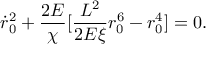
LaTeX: { \dot { r } _ { 0 } } ^ { 2 } + { \frac { 2 { \cal E } } { \chi } } [ { \frac { { \cal L } ^ { 2 } } { 2 { \cal E } \xi } } r _ { 0 } ^ { 6 } - r _ { 0 } ^ { 4 } ] = 0 .